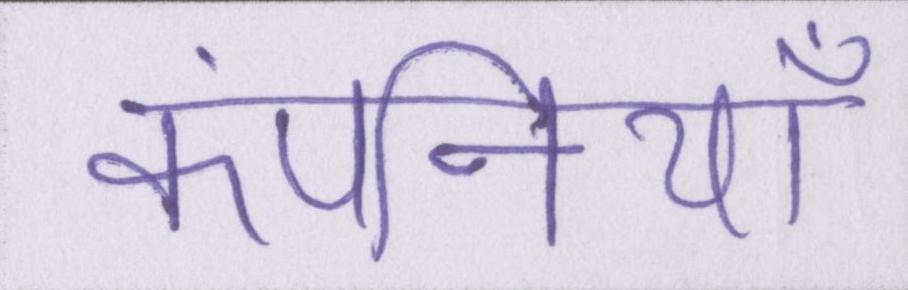
कंपनियोँ